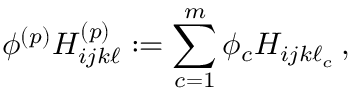
\phi ^ { ( p ) } { { H } } _ { i j k \ell } ^ { ( p ) } : = \sum _ { c = 1 } ^ { m } \phi _ { c } H _ { i j k \ell _ { c } } \, ,